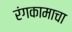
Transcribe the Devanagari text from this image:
रंगकामाचा